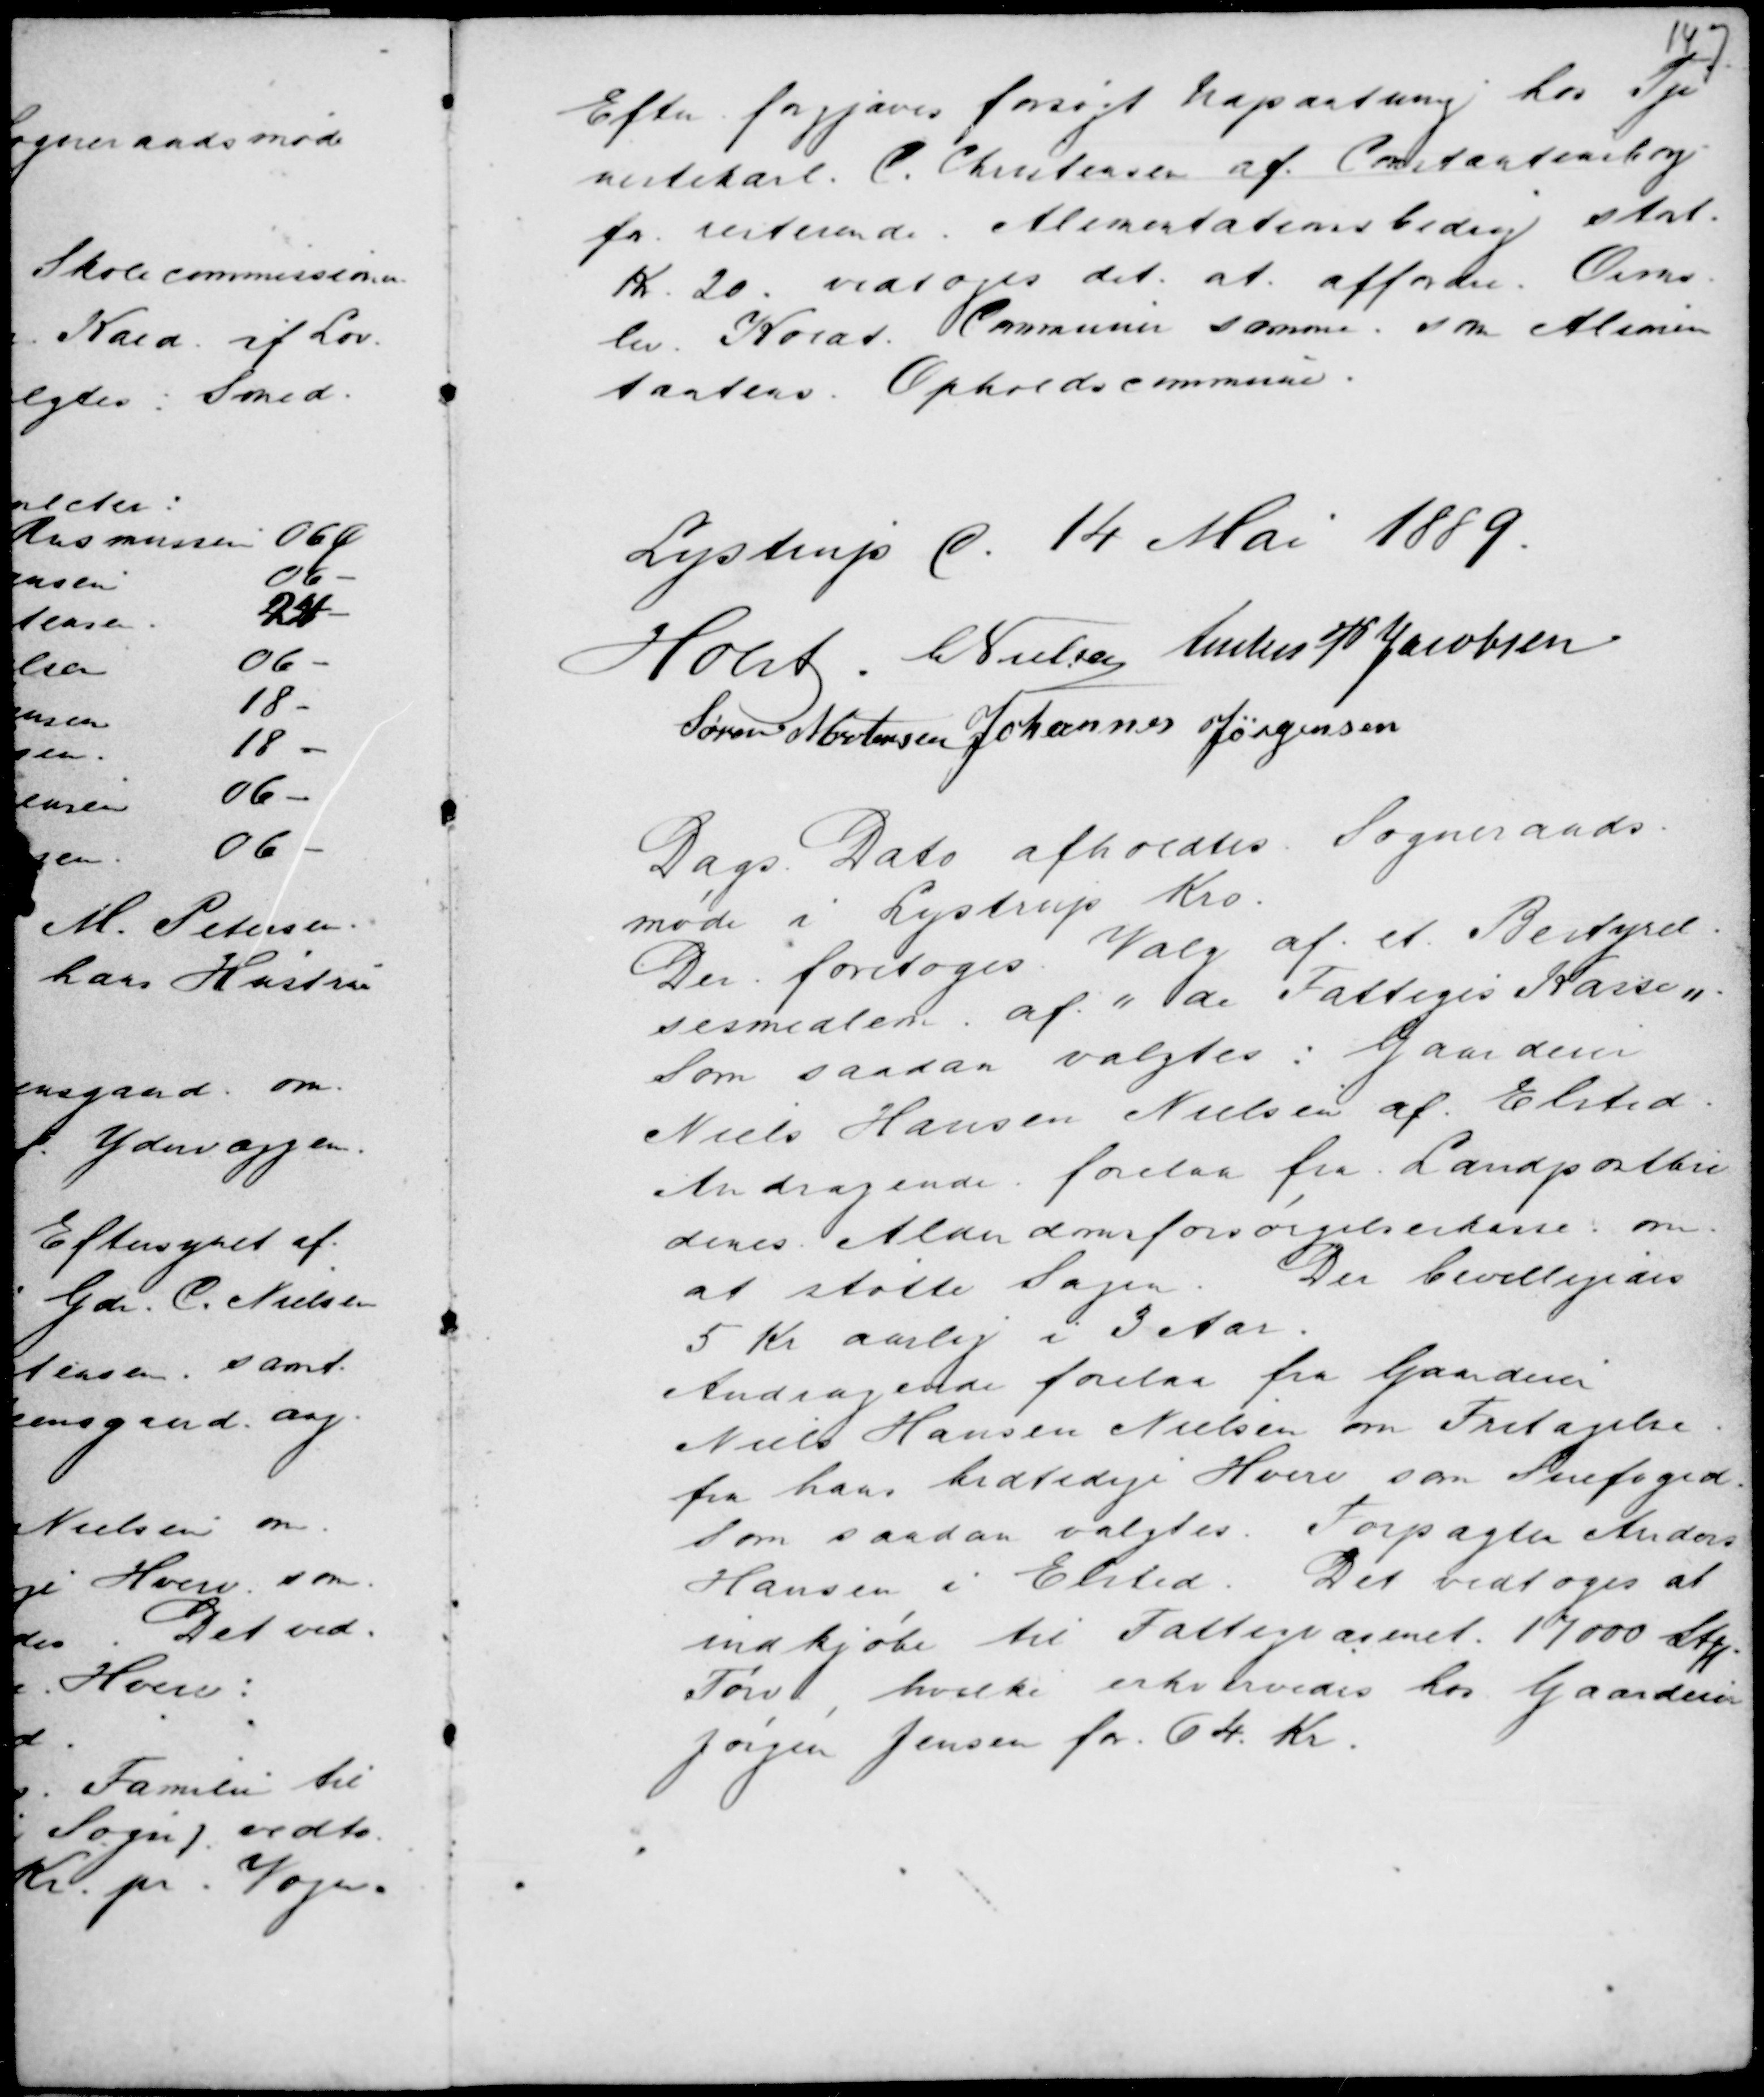
Transskription:
Efter forgjæves forsøgt Udpantning hos Tje-
nestekarl C. Christensen af Constantinsborg
for resterende Alimentationsbidrag stort
Kr. 20. vedtoges det at affordre Orms-
lev Koeat Communer samme som Alimen
tantens Opholdscommune.

Lystrup d. 14 Mai 1889.
Holst . C Nielsen Anders P Jacobsen
Søren Mortensen Johannes Jørgensen

Dags Dato afholdtes Sogneraads-
møde i Lystrup Kro.
Der foretoges Valg af et Bestyrel-
sesmedlem af " de Fattiges Kasse ".
Som saadan valgtes : Gaardeier
Niels Hansen Nielsen af Elsted.
Andragende forelaa fra Landpostbu
denes Alderdomsforsørgelseskasse : om
at støtte Sagen. Der bevilligedes
5 Kr. aarlig i 3 Aar.
Andragende forelaa fra Gaardeier
Niels Hansen Nielsen om Fritagelse
fra hans tidtidige Hverv som Snefoged.
Som saadan valgtes Forpagter Anders
Hansen i Elsted. Det vedtoges at
indkjøbe til Fattigvæsenet 17000 Stk.
Tørv, hvilke erhvervedes hos Gaardeier
Jørgen Jensen for 64 Kr.